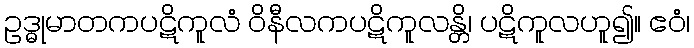
ဥဒ္ဓုမာတကပဋိကူလံ ဝိနီလကပဋိကူလန္တိ၊ ပဋိကူလဟူ၍။ ဧဝံ၊